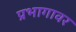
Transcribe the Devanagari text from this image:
प्रभागावर